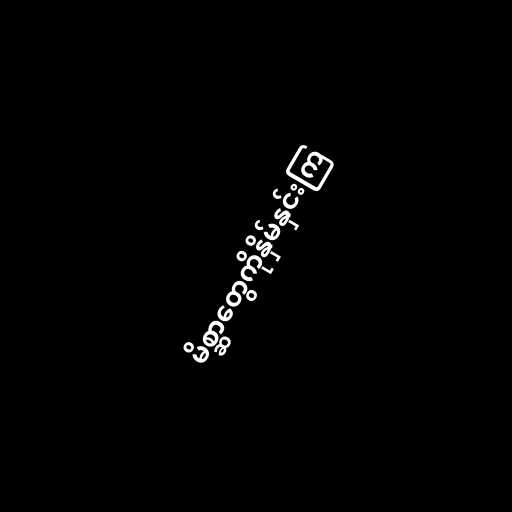
မိစ္ဆာတွေကိုနှိမ်နှင်းကြ